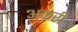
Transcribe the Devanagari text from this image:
अकरी